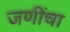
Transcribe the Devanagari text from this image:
जणींचा